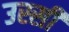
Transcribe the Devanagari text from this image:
उस्सी